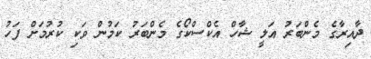
ދާއިރާގެ މެންބަރު އަލީ ޝާހް އެކްސްކޯގެ މެންބަރު ކަމުން ވަކި ކުރުމަށް ފަހު